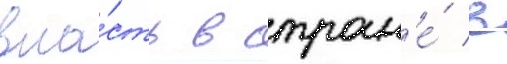
вла́сть в стран'е́ в